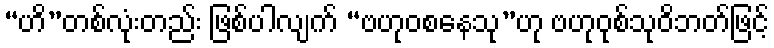
“ဟိ”တစ်လုံးတည်း ဖြစ်ပါလျက် “ဗဟုဝစနေသု”ဟု ဗဟုဝုစ်သုဝိဘတ်ဖြင့်